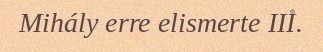
Mihály erre elismerte III.